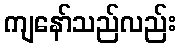
ကျနော်သည်လည်း